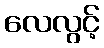
လေလွင့်